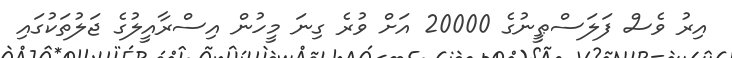
އިރު ވެސް ފަލަސްޠީނުގެ 20000 އަށް ވުރެ ގިނަ މީހުން އިސްރާއީލުގެ ޖަލުތަކުގައި